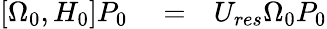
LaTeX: \begin{array}{rlr}{[\Omega_{0},H_{0}]P_{0}}&{{}=}&{U_{res}\Omega_{0}P_{0}}\end{array}